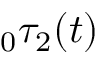
\phantom { } _ { 0 } \tau _ { 2 } ( t )